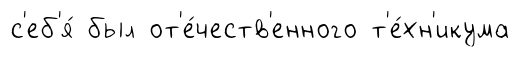
с'еб'я́ был от'е́честв'енного т'е́хн'икума